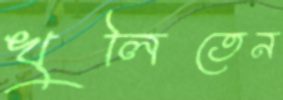
খুলিতেন